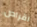
اقراص